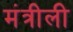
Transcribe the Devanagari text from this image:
मंत्रीली